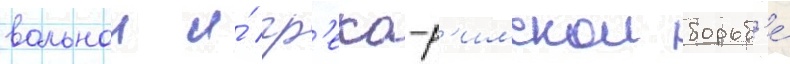
вольнои и́ гр'еко-р'имскои борьб'е́